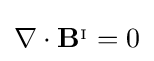
\nabla \cdot \mathbf {B} ^{_{\mathrm {I} }}=0